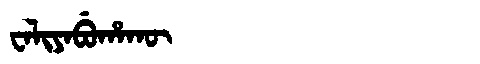
Manchu: ᠸᠠᠯᡳᠶᠠᠪᡠᡥᠠᡴᡡ
Romanization: WALIYABUHAKŪ